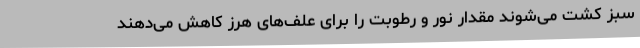
سبز کشت می‌شوند مقدار نور و رطوبت را برای علف‌های هرز کاهش می‌دهند